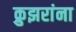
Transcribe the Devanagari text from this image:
क्रुझरांना